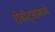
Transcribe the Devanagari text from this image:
रोबोट्सामध्ये